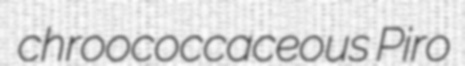
chroococcaceous Piro